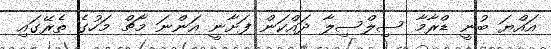
އައްޔަ ބުނީ ޑްރާމާ ސިލްސިލާ ދައްކަން ފަށާނީ އަންނަ މާޗް މަހުގެ ތެރޭގައި